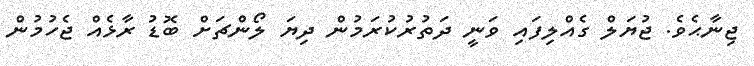
ޖިނާޙެވެ. ޖުޔަލް ގެއްލިފައި ވަނީ ދަތުރުކުރަމުން ދިޔަ ލޯންޗަށް ބޮޑު ރާޅެއް ޖެހުމުން